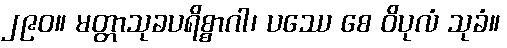
၂၉၀။ မတ္တာသုခပရိစ္စာဂါ၊ ပဿေ စေ ဝိပုလံ သုခံ။